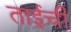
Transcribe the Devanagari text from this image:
ताईची